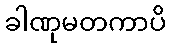
ခါဏုမတကာပိ